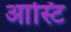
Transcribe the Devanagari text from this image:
आस्टि